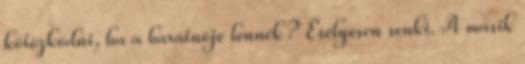
kötözködni, ha a barátnője lennék? Esélyesen senki. A másik